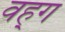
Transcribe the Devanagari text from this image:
वह्ग